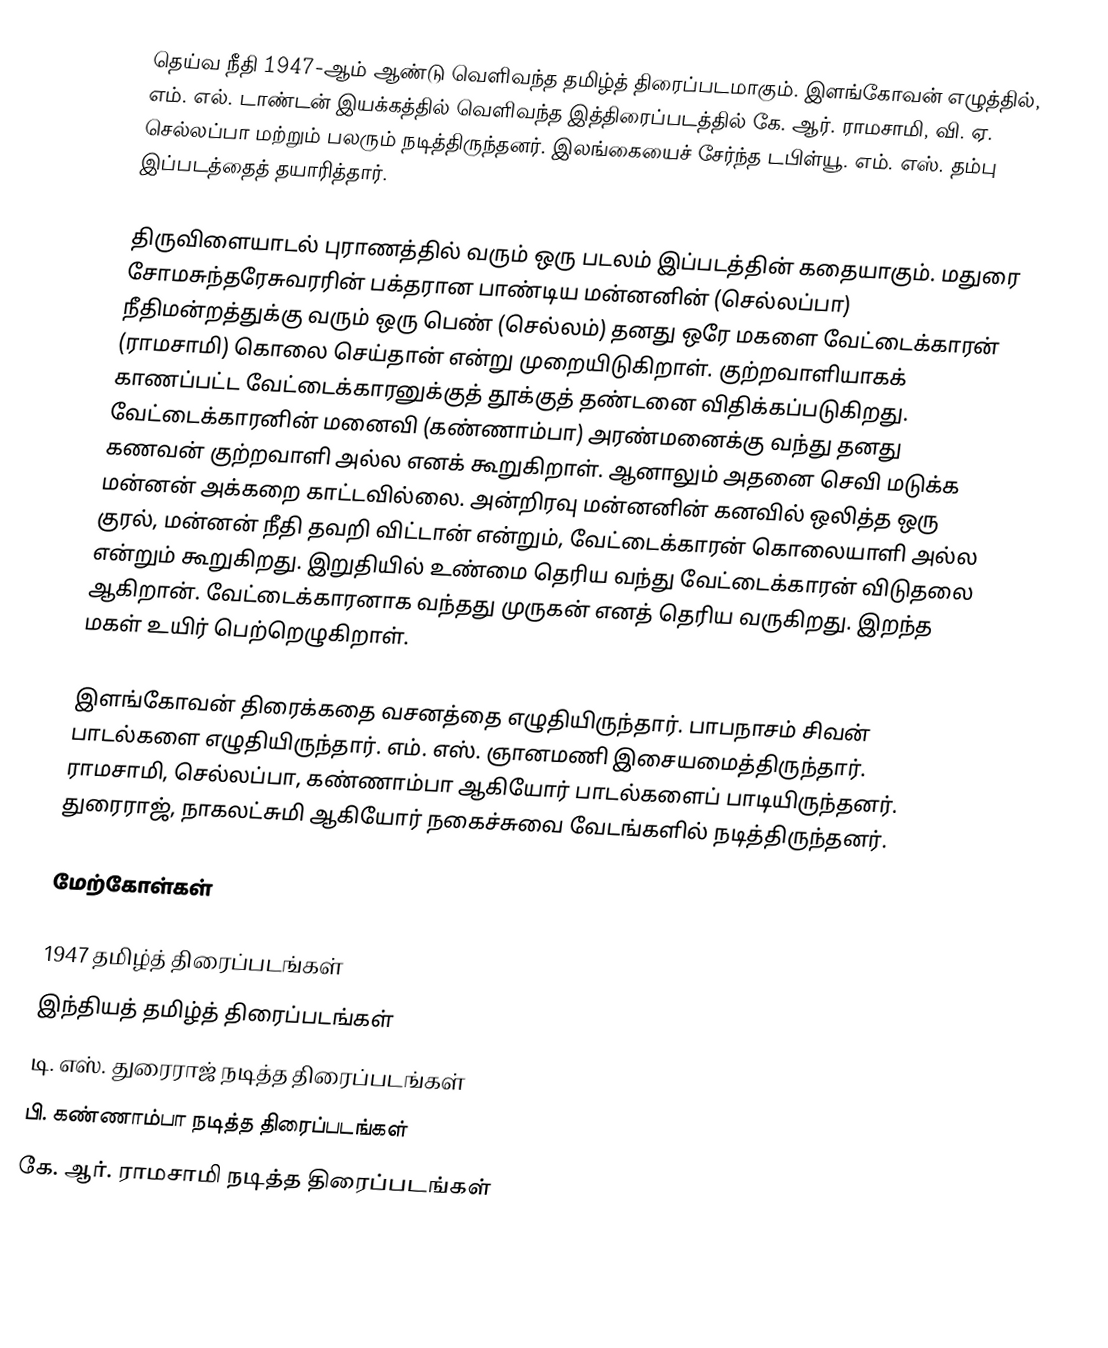
தெய்வ நீதி 1947-ஆம் ஆண்டு வெளிவந்த தமிழ்த் திரைப்படமாகும். இளங்கோவன் எழுத்தில், எம். எல். டாண்டன் இயக்கத்தில் வெளிவந்த இத்திரைப்படத்தில் கே. ஆர். ராமசாமி, வி. ஏ. செல்லப்பா மற்றும் பலரும் நடித்திருந்தனர். இலங்கையைச் சேர்ந்த டபிள்யூ. எம். எஸ். தம்பு இப்படத்தைத் தயாரித்தார்.

திருவிளையாடல் புராணத்தில் வரும் ஒரு படலம் இப்படத்தின் கதையாகும். மதுரை சோமசுந்தரேசுவரரின் பக்தரான பாண்டிய மன்னனின் (செல்லப்பா) நீதிமன்றத்துக்கு வரும் ஒரு பெண் (செல்லம்) தனது ஒரே மகளை வேட்டைக்காரன் (ராமசாமி) கொலை செய்தான் என்று முறையிடுகிறாள். குற்றவாளியாகக் காணப்பட்ட வேட்டைக்காரனுக்குத் தூக்குத் தண்டனை விதிக்கப்படுகிறது. வேட்டைக்காரனின் மனைவி (கண்ணாம்பா) அரண்மனைக்கு வந்து தனது கணவன் குற்றவாளி அல்ல எனக் கூறுகிறாள். ஆனாலும் அதனை செவி மடுக்க மன்னன் அக்கறை காட்டவில்லை. அன்றிரவு மன்னனின் கனவில் ஒலித்த ஒரு குரல், மன்னன் நீதி தவறி விட்டான் என்றும், வேட்டைக்காரன் கொலையாளி அல்ல என்றும் கூறுகிறது. இறுதியில் உண்மை தெரிய வந்து வேட்டைக்காரன் விடுதலை ஆகிறான். வேட்டைக்காரனாக வந்தது முருகன் எனத் தெரிய வருகிறது. இறந்த மகள் உயிர் பெற்றெழுகிறாள்.

இளங்கோவன் திரைக்கதை வசனத்தை எழுதியிருந்தார். பாபநாசம் சிவன் பாடல்களை எழுதியிருந்தார். எம். எஸ். ஞானமணி இசையமைத்திருந்தார். ராமசாமி, செல்லப்பா, கண்ணாம்பா ஆகியோர் பாடல்களைப் பாடியிருந்தனர். துரைராஜ், நாகலட்சுமி ஆகியோர் நகைச்சுவை வேடங்களில் நடித்திருந்தனர்.

மேற்கோள்கள்

1947 தமிழ்த் திரைப்படங்கள்
இந்தியத் தமிழ்த் திரைப்படங்கள்
டி. எஸ். துரைராஜ் நடித்த திரைப்படங்கள்
பி. கண்ணாம்பா நடித்த திரைப்படங்கள்
கே. ஆர். ராமசாமி நடித்த திரைப்படங்கள்